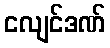
ငလျင်ဒဏ်